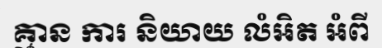
គ្មាន ការ និយាយ លំអិត អំពី